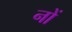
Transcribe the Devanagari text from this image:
नों